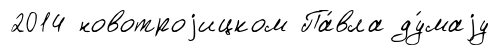
2014 новотроjицком Па́вла ду́маjу